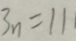
3 n = 1 1 1